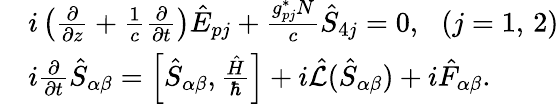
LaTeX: \begin{array}{rl}&{i\left(\frac{\partial}{\partial z}+\frac{1}{c}\frac{\partial}{\partial t}\right){\hat{E}}_{pj}+\frac{g_{pj}^{\ast}N}{c}\hat{S}_{4j}=0,\, \, \, \, (j=1,\, 2)}\\ &{i\frac{\partial}{\partial t}\hat{S}_{\alpha\beta}=\left[\hat{S}_{\alpha\beta},\frac{\hat{H}}{\hbar}\right]+i{\hat{\cal L}}(\hat{S}_{\alpha\beta})+i{\hat{F}}_{\alpha\beta}.}\end{array}